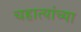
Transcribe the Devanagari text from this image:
चहात्यांच्या